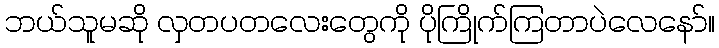
ဘယ်သူမဆို လှတပတလေးတွေကို ပိုကြိုက်ကြတာပဲလေနော်။